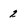
Character: 2